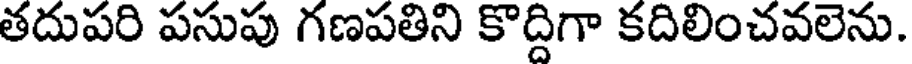
తదుపరి పసుపు గణపతిని కొద్దిగా కదిలించవలెను.